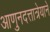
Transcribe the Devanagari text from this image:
आणुनदत्तात्रेयानें